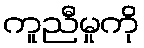
ကူညီမှုကို